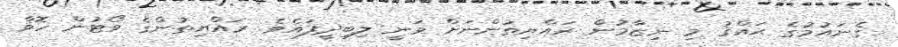
ގެނައުމުގެ ޙައްޤު މި ނިޒާމުން ރައްޔިތުންނަށް ވަނީ ލިބިދީފައެވެ. ރައްޔިތުންގެ ވޯޓުން ހޮވާ